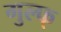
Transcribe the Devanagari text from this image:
गुल्फ्